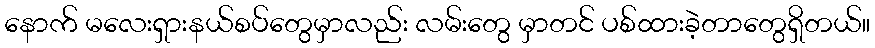
နောက် မလေးရှားနယ်စပ်တွေမှာလည်း လမ်းတွေ မှာတင် ပစ်ထားခဲ့တာတွေရှိတယ်။